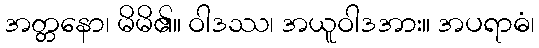
အတ္တနော၊ မိမိ၏။ ဝါဒဿ၊ အယူဝါဒအား။ အပရာဓံ၊